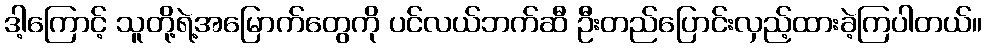
ဒါ့ကြောင့် သူတို့ရဲ့အမြောက်တွေကို ပင်လယ်ဘက်ဆီ ဦးတည်ပြောင်းလှည့်ထားခဲ့ကြပါတယ်။